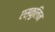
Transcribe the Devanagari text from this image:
एस्कुलिन